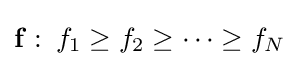
\mathbf {f} \,\colon \,f_{1}\geq f_{2}\geq \cdots \geq f_{N}